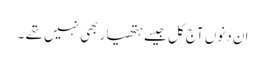
ان دنوں آج کل جیسے ہتھیار بھی نہیں تھے ۔